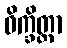
ဝိက္ခိတ္တာ